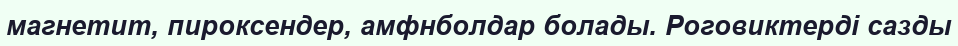
магнетит, пироксендер, амфнболдар болады. Роговиктерді сазды